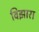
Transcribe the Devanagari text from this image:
विझारा